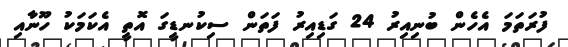
ފުރަތަމަ އެހެން ބުނިއިރު 24 ގަޑިއިރު ފަތަން ސިކުނޑީގަ އޮތީ އެކަމަކު ހޫނާއި